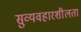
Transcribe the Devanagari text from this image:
सुव्यवहारशीलता